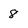
Character: 8